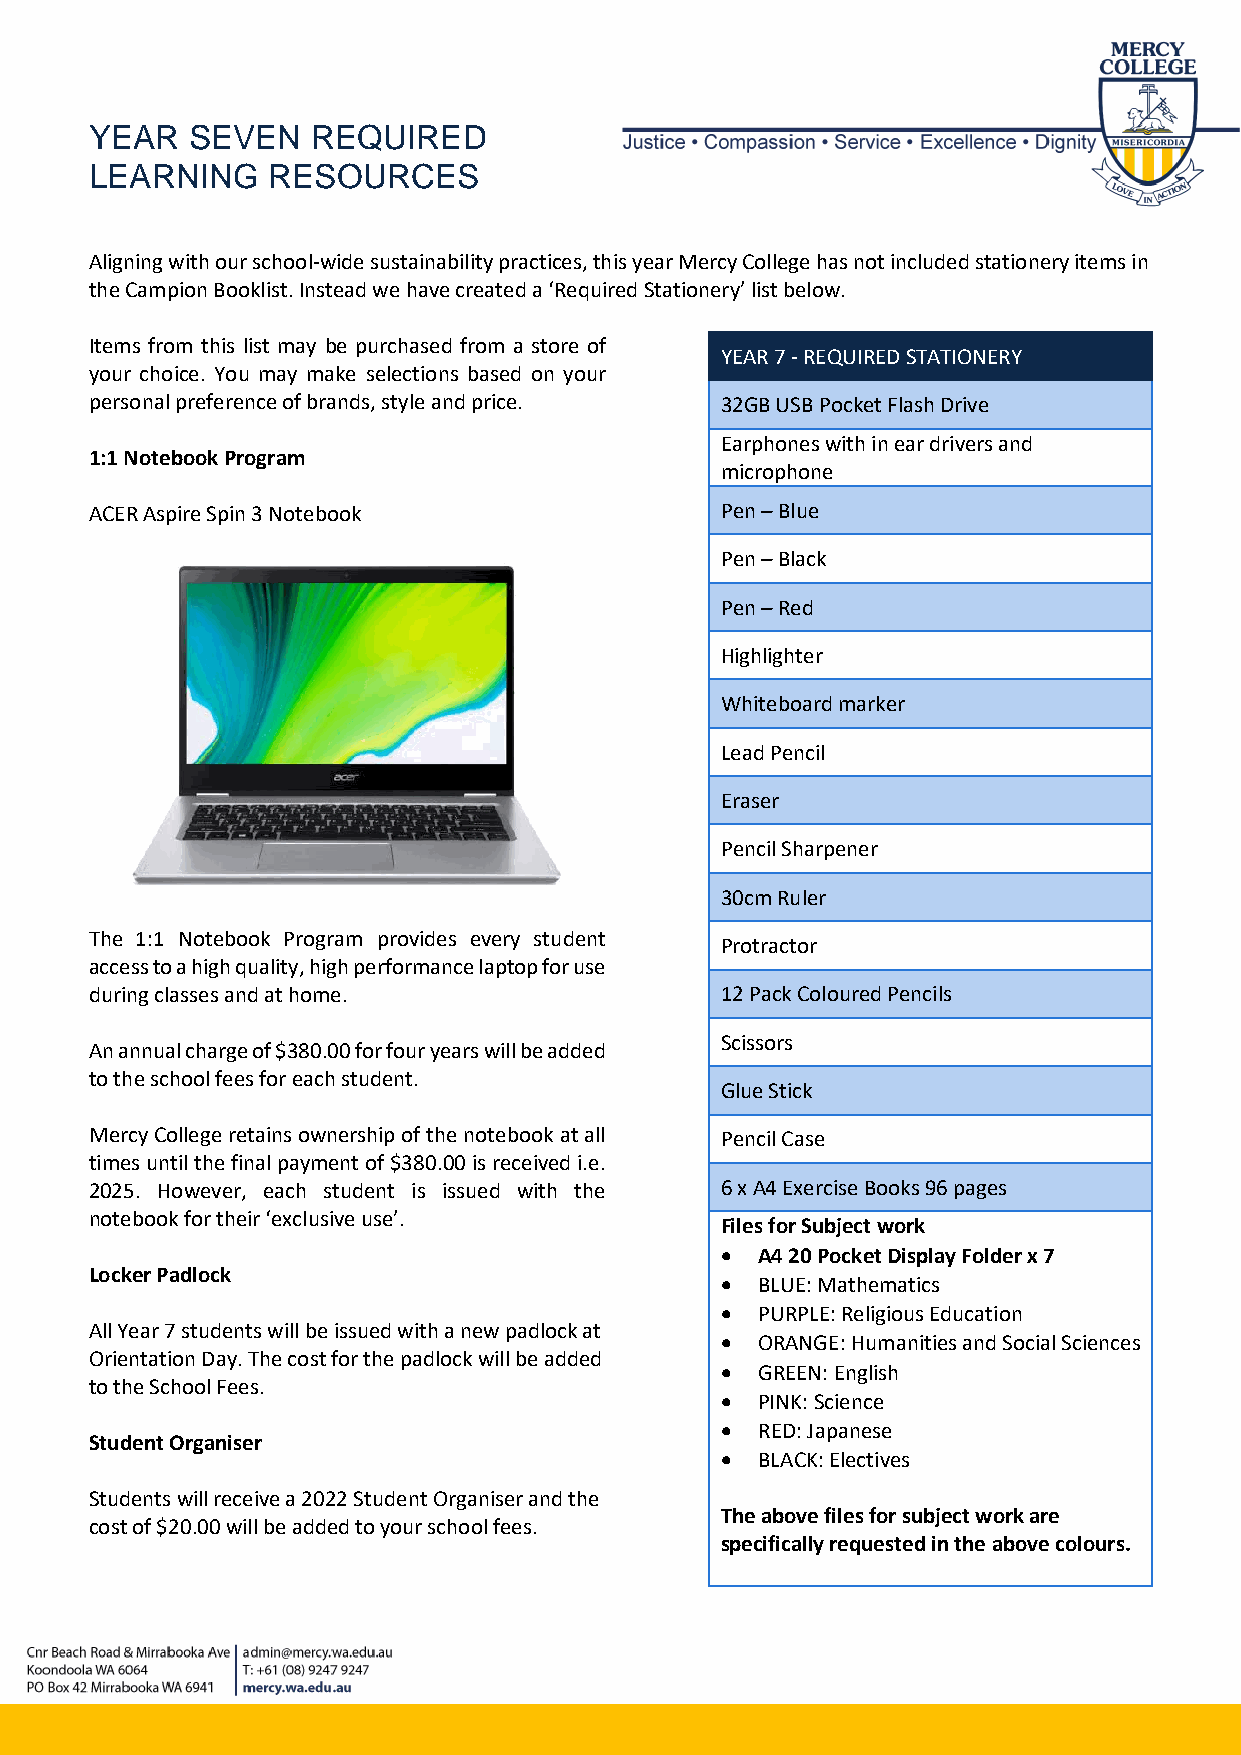
YEAR  SEVEN    REQUIRED
 LEARNING    RESOURCES
 Aligning with our school-wide sustainability practices, this year Mercy College has not included stationery items in
 the Campion Booklist. Instead we have created a ‘Required Stationery’ list below.
 Items from this list may be purchased from a store of
 YEAR 7 - REQUIRED STATIONERY
 your choice. You may make selections based on your
 personal preference of brands, style and price. 32GB USB Pocket Flash Drive
 Earphones with in ear drivers and
 1:1 Notebook Program
 microphone
 ACER Aspire Spin 3 Notebook               Pen – Blue
 Pen – Black
 Pen – Red
 Highlighter
 Whiteboard marker
 Lead Pencil
 Eraser
 Pencil Sharpener
 30cm Ruler
 The 1:1 Notebook Program provides every student
 Protractor
 access to a high quality, high performance laptop for use
 during classes and at home.               12 Pack Coloured Pencils
 Scissors
 An annual charge of $380.00 for four years will be added
 to the school fees for each student.
 Glue Stick
 Mercy College retains ownership of the notebook at all Pencil Case
 times until the final payment of $380.00 is received i.e.
 2025. However, each student is issued with the 6 x A4 Exercise Books 96 pages
 notebook for their ‘exclusive use’.
 Files for Subject work
 • A4 20 Pocket Display Folder x 7
 Locker Padlock
 • BLUE: Mathematics
 • PURPLE: Religious Education
 All Year 7 students will be issued with a new padlock at
 • ORANGE: Humanities and Social Sciences
 Orientation Day. The cost for the padlock will be added
 • GREEN: English
 to the School Fees.
 • PINK: Science
 • RED: Japanese
 Student Organiser
 • BLACK: Electives
 Students will receive a 2022 Student Organiser and the
 The above files for subject work are
 cost of $20.00 will be added to your school fees.
 specifically requested in the above colours.